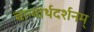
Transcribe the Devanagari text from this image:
चान्यार्थदर्शनम्